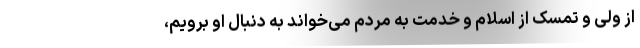
از ولی و تمسک از اسلام و خدمت به مردم می‌خواند به دنبال او برویم،